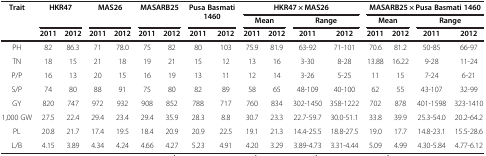
<table><thead><tr><td rowspan="3"><b>Trait</b></td><td rowspan="2" colspan="2"><b>HKR47</b></td><td rowspan="2" colspan="2"><b>MAS26</b></td><td rowspan="2" colspan="2"><b>MASARB25</b></td><td rowspan="2" colspan="2"><b>Pusa Basmati 1460</b></td><td colspan="4"><b>HKR47 × MAS26</b></td><td colspan="4"><b>MASARB25 × Pusa Basmati 1460</b></td></tr><tr><td colspan="2"><b>Mean</b></td><td colspan="2"><b>Range</b></td><td colspan="2"><b>Mean</b></td><td colspan="2"><b>Range</b></td></tr><tr><td><b>2011</b></td><td><b>2012</b></td><td><b>2011</b></td><td><b>2012</b></td><td><b>2011</b></td><td><b>2012</b></td><td><b>2011</b></td><td><b>2012</b></td><td><b>2011</b></td><td><b>2012</b></td><td><b>2011</b></td><td><b>2012</b></td><td><b>2011</b></td><td><b>2012</b></td><td><b>2011</b></td><td><b>2012</b></td></tr></thead><tbody><tr><td>PH</td><td>82</td><td>86.3</td><td>71</td><td>78.0</td><td>75</td><td>82</td><td>80</td><td>103</td><td>75.9</td><td>81.9</td><td>63-92</td><td>71-101</td><td>70.6</td><td>81.2</td><td>50-85</td><td>66-97</td></tr><tr><td>TN</td><td>18</td><td>15</td><td>21</td><td>18</td><td>19</td><td>21</td><td>15</td><td>12</td><td>13</td><td>16</td><td>3-30</td><td>8-28</td><td>13.88</td><td>16.22</td><td>9-28</td><td>11-24</td></tr><tr><td>P/P</td><td>16</td><td>13</td><td>20</td><td>15</td><td>16</td><td>19</td><td>13</td><td>11</td><td>12</td><td>14</td><td>3-26</td><td>5-25</td><td>11</td><td>15</td><td>7-24</td><td>6-21</td></tr><tr><td>S/P</td><td>74</td><td>80</td><td>88</td><td>91</td><td>75</td><td>80</td><td>82</td><td>89</td><td>58</td><td>65</td><td>48-109</td><td>40-100</td><td>62</td><td>55</td><td>43-107</td><td>32-99</td></tr><tr><td>GY</td><td>820</td><td>747</td><td>972</td><td>932</td><td>908</td><td>852</td><td>788</td><td>717</td><td>760</td><td>834</td><td>302-1450</td><td>358-1222</td><td>702</td><td>878</td><td>401-1598</td><td>323-1410</td></tr><tr><td>1,000 GW</td><td>27.5</td><td>22.4</td><td>29.4</td><td>23.4</td><td>29.4</td><td>35.9</td><td>28.3</td><td>8.8</td><td>30.7</td><td>23.3</td><td>22.7-59.7</td><td>30.0-51.1</td><td>33.8</td><td>39.9</td><td>25.3-54.0</td><td>20.2-64.2</td></tr><tr><td>PL</td><td>20.8</td><td>21.7</td><td>17.4</td><td>19.5</td><td>18.4</td><td>20.9</td><td>20.9</td><td>22.5</td><td>19.1</td><td>21.3</td><td>14.4-25.5</td><td>18.8-27.5</td><td>19.0</td><td>17.7</td><td>14.8-23.1</td><td>15.5-28.6</td></tr><tr><td>L/B</td><td>4.15</td><td>3.89</td><td>4.34</td><td>4.24</td><td>4.66</td><td>4.27</td><td>5.23</td><td>4.91</td><td>4.20</td><td>3.29</td><td>3.89-4.73</td><td>3.31-4.44</td><td>5.09</td><td>4.99</td><td>4.30-5.84</td><td>4.77-6.12</td></tr></tbody></table>